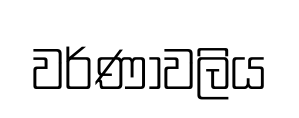
වර්ණාවලිය